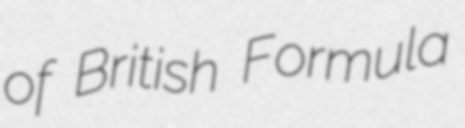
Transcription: of British Formula